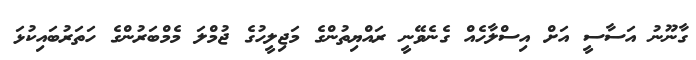
ގާނޫނު އަސާސީ އަށް އިސްލާހެއް ގެނެވޭނީ ރައްޔިތުންގެ މަޖިލީހުގެ ޖުމްލަ މެމްބަރުންގެ ހަތަރުބައިކުޅަ